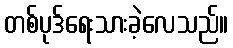
တစ်ပုဒ်ရေးသားခဲ့လေသည်။